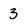
Character: 3